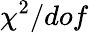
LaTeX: \chi^{2}/dof